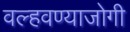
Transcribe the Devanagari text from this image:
वल्हवण्याजोगी